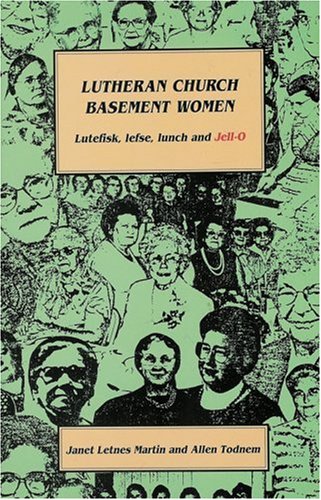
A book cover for Lutheran Church Basement Women: Martin and Todnem's Newest and Funniest Book!; Janet L. Martin; Christian Books & Bibles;